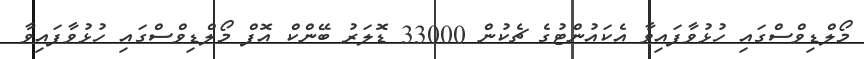
މޯލްޑިވްސްގައި ހުޅުވާފައިވާ އެކައުންޓުގެ ޗެކުން 33000 ޑޮލަރު ބޭންކް އޮފް މޯލްޑިވްސްގައި ހުޅުވާފައިވާ